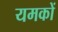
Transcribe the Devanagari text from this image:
यमकों